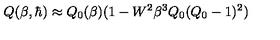
Q ( \beta , \hbar ) \approx Q _ { 0 } ( \beta ) ( 1 - W ^ { 2 } \beta ^ { 3 } Q _ { 0 } ( Q _ { 0 } - 1 ) ^ { 2 } )